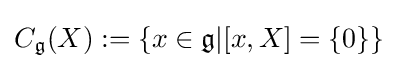
C_{\mathfrak {g}}(X):=\{x\in {\mathfrak {g}}|[x,X]=\{0\}\}